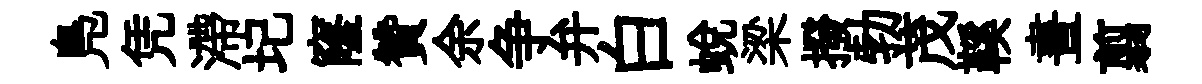
鳬凭滯圮窿贊余争弁白蛻梁撥勃茂鞵晝翦